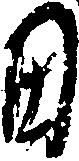
田